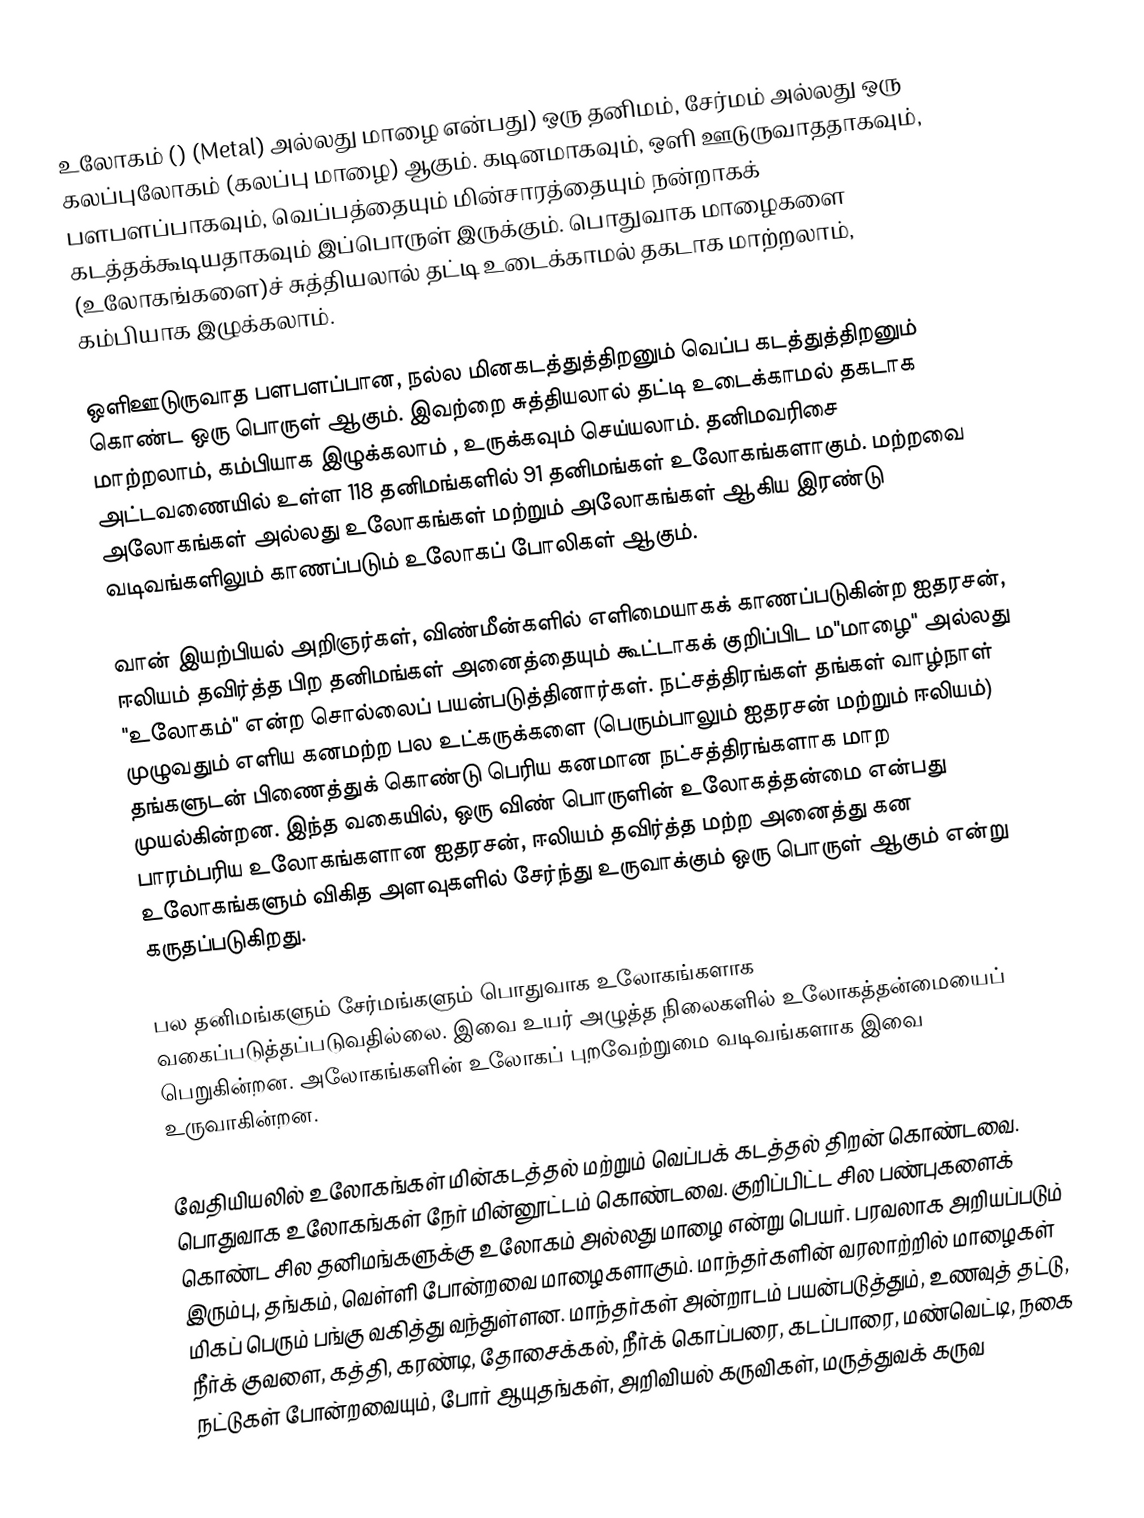
உலோகம் () (Metal) அல்லது மாழை என்பது) ஒரு தனிமம், சேர்மம் அல்லது ஒரு கலப்புலோகம் (கலப்பு மாழை) ஆகும்.  கடினமாகவும், ஒளி ஊடுருவாததாகவும், பளபளப்பாகவும், வெப்பத்தையும் மின்சாரத்தையும் நன்றாகக் கடத்தக்கூடியதாகவும் இப்பொருள் இருக்கும். பொதுவாக மாழைகளை (உலோகங்களை)ச் சுத்தியலால் தட்டி உடைக்காமல் தகடாக மாற்றலாம், கம்பியாக இழுக்கலாம்.

ஒளிஊடுருவாத  பளபளப்பான, நல்ல மினகடத்துத்திறனும் வெப்ப கடத்துத்திறனும் கொண்ட ஒரு பொருள் ஆகும். இவற்றை சுத்தியலால் தட்டி உடைக்காமல் தகடாக மாற்றலாம், கம்பியாக இழுக்கலாம் , உருக்கவும் செய்யலாம். தனிமவரிசை அட்டவணையில் உள்ள 118 தனிமங்களில் 91 தனிமங்கள் உலோகங்களாகும். மற்றவை அலோகங்கள் அல்லது உலோகங்கள் மற்றும் அலோகங்கள் ஆகிய இரண்டு வடிவங்களிலும் காணப்படும் உலோகப் போலிகள் ஆகும்.

வான் இயற்பியல் அறிஞர்கள், விண்மீன்களில் எளிமையாகக் காணப்படுகின்ற ஐதரசன், ஈலியம் தவிர்த்த பிற தனிமங்கள் அனைத்தையும் கூட்டாகக் குறிப்பிட ம"மாழை" அல்லது  "உலோகம்" என்ற சொல்லைப் பயன்படுத்தினார்கள். நட்சத்திரங்கள் தங்கள் வாழ்நாள் முழுவதும் எளிய கனமற்ற பல உட்கருக்களை (பெரும்பாலும் ஐதரசன் மற்றும் ஈலியம்) தங்களுடன் பிணைத்துக் கொண்டு பெரிய கனமான நட்சத்திரங்களாக மாற முயல்கின்றன. இந்த வகையில், ஒரு விண் பொருளின் உலோகத்தன்மை என்பது பாரம்பரிய உலோகங்களான ஐதரசன், ஈலியம் தவிர்த்த மற்ற அனைத்து கன உலோகங்களும் விகித அளவுகளில் சேர்ந்து உருவாக்கும் ஒரு பொருள் ஆகும் என்று கருதப்படுகிறது.

பல தனிமங்களும் சேர்மங்களும் பொதுவாக உலோகங்களாக வகைப்படுத்தப்படுவதில்லை. இவை உயர் அழுத்த நிலைகளில் உலோகத்தன்மையைப் பெறுகின்றன. அலோகங்களின் உலோகப் புறவேற்றுமை வடிவங்களாக இவை உருவாகின்றன.

வேதியியலில் உலோகங்கள் மின்கடத்தல் மற்றும் வெப்பக் கடத்தல் திறன் கொண்டவை. பொதுவாக உலோகங்கள் நேர் மின்னூட்டம் கொண்டவை. குறிப்பிட்ட சில பண்புகளைக் கொண்ட சில தனிமங்களுக்கு உலோகம் அல்லது மாழை என்று பெயர். பரவலாக அறியப்படும் இரும்பு, தங்கம், வெள்ளி போன்றவை மாழைகளாகும். மாந்தர்களின் வரலாற்றில் மாழைகள் மிகப் பெரும் பங்கு வகித்து வந்துள்ளன. மாந்தர்கள் அன்றாடம் பயன்படுத்தும், உணவுத் தட்டு, நீர்க் குவளை, கத்தி, கரண்டி, தோசைக்கல், நீர்க் கொப்பரை, கடப்பாரை, மண்வெட்டி, நகை நட்டுகள் போன்றவையும், போர் ஆயுதங்கள், அறிவியல் கருவிகள், மருத்துவக் கருவ